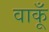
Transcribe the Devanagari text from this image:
वाकूँ